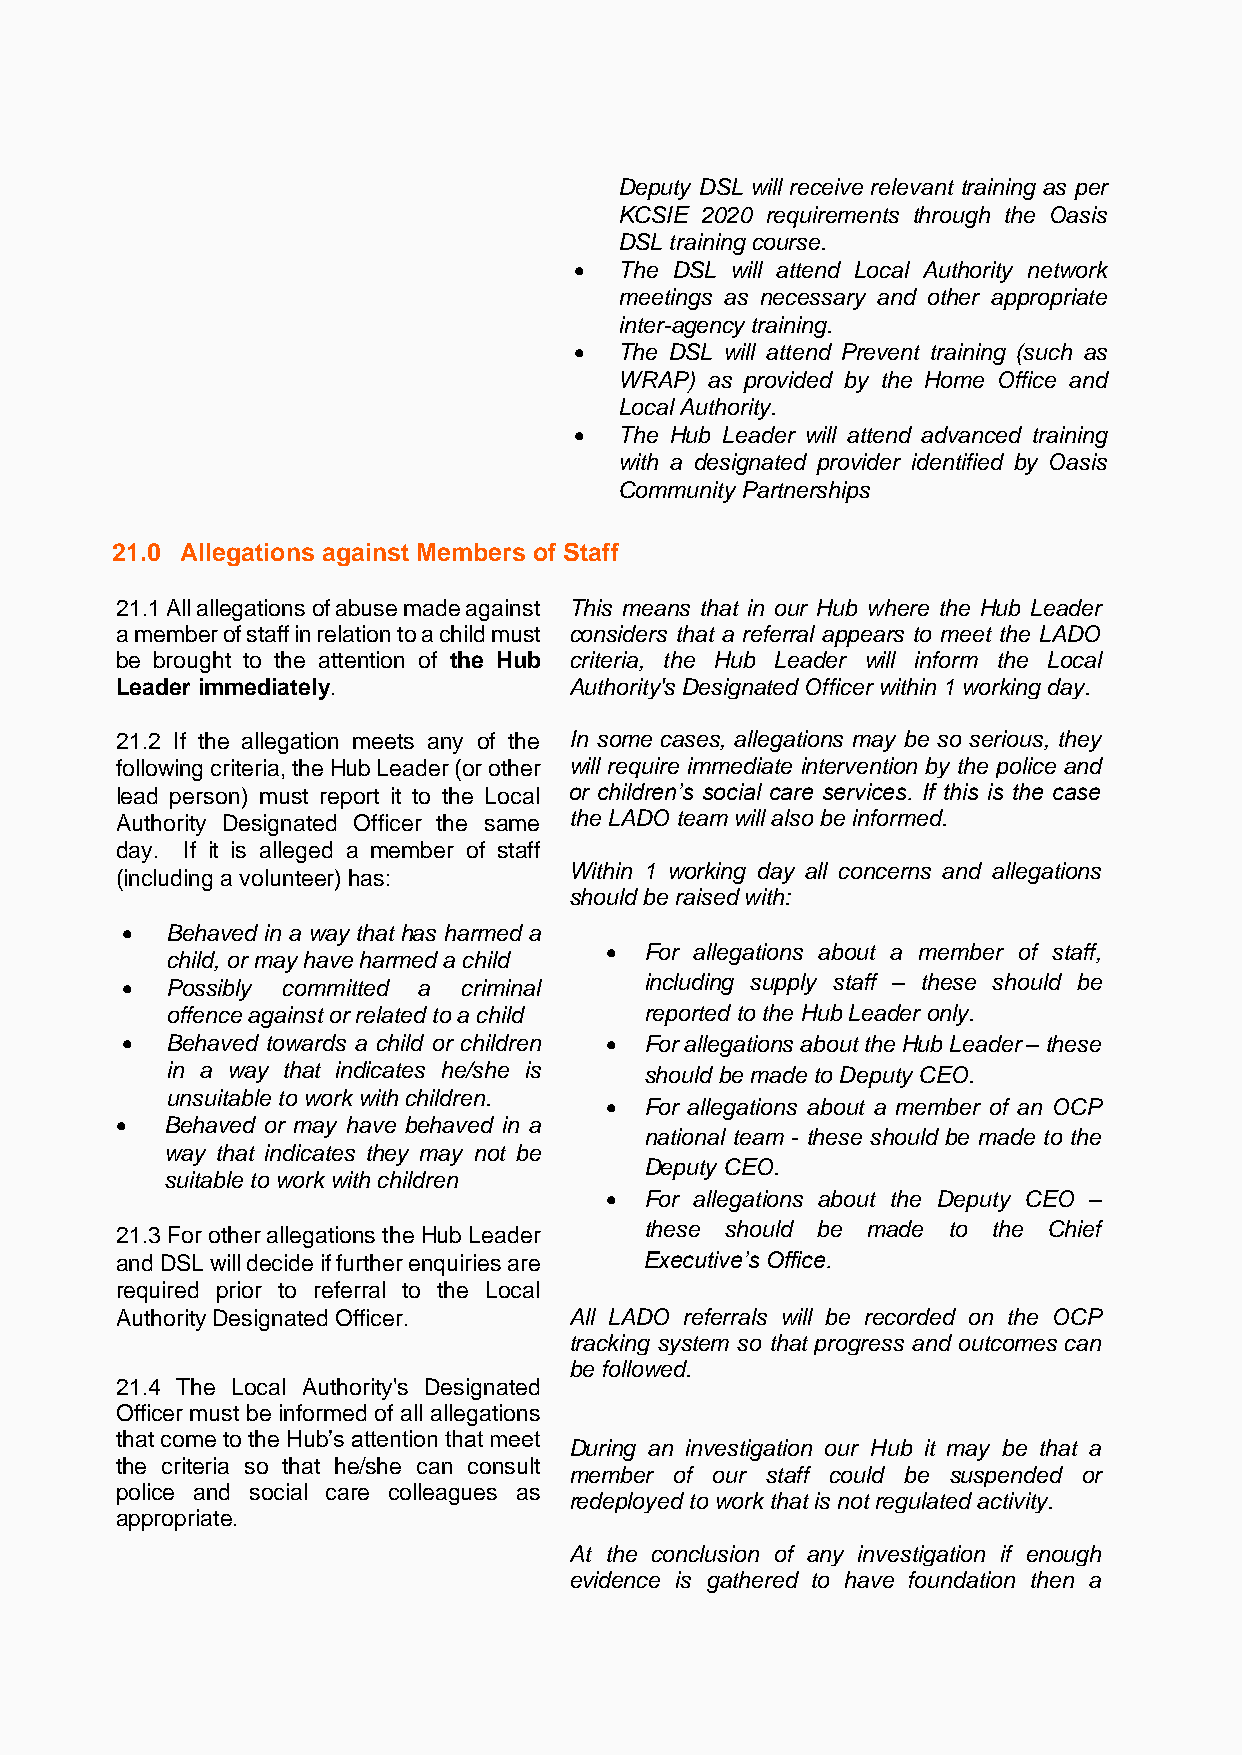
Deputy DSL will receive relevant training as per
 KCSIE 2020 requirements through the Oasis
 DSL training course.
 •  The DSL will attend Local Authority network
 meetings as necessary and other appropriate
 inter-agency training.
 •  The DSL will attend Prevent training (such as
 WRAP) as provided by the Home Office and
 Local Authority.
 •  The Hub Leader will attend advanced training
 with a designated provider identified by Oasis
 Community Partnerships
 21.0 Allegations against Members of Staff
 21.1 All allegations of abuse made against This means that in our Hub where the Hub Leader
 a member of staff in relation to a child must considers that a referral appears to meet the LADO
 be brought to the attention of the Hub criteria, the Hub Leader will inform the Local
 Leader immediately.           Authority's Designated Officer within 1 working day.
 21.2 If the allegation meets any of the In some cases, allegations may be so serious, they
 following criteria, the Hub Leader (or other will require immediate intervention by the police and
 lead person) must report it to the Local or children’s social care services. If this is the case
 Authority Designated Officer the same the LADO team will also be informed.
 day. If it is alleged a member of staff
 Within 1 working day all concerns and allegations
 (including a volunteer) has:
 should be raised with:
 •  Behaved in a way that has harmed a
 •  For allegations about a member of staff,
 child, or may have harmed a child
 •  Possibly committed a criminal   including supply staff – these should be
 offence against or related to a child reported to the Hub Leader only.
 •  Behaved towards a child or children • For allegations about the Hub Leader – these
 in a way that indicates he/she is should be made to Deputy CEO.
 unsuitable to work with children.
 •  For allegations about a member of an OCP
 •  Behaved or may have behaved in a
 national team - these should be made to the
 way that indicates they may not be
 Deputy CEO.
 suitable to work with children
 •  For allegations about the Deputy CEO –
 21.3 For other allegations the Hub Leader these should be made to the Chief
 and DSL will decide if further enquiries are Executive’s Office.
 required prior to referral to the Local
 Authority Designated Officer. All LADO referrals will be recorded on the OCP
 tracking system so that progress and outcomes can
 be followed.
 21.4 The Local Authority's Designated
 Officer must be informed of all allegations
 that come to the Hub’s attention that meet
 During an investigation our Hub it may be that a
 the criteria so that he/she can consult
 member of our staff could be suspended or
 police and social care colleagues as
 redeployed to work that is not regulated activity.
 appropriate.
 At the conclusion of any investigation if enough
 evidence is gathered to have foundation then a